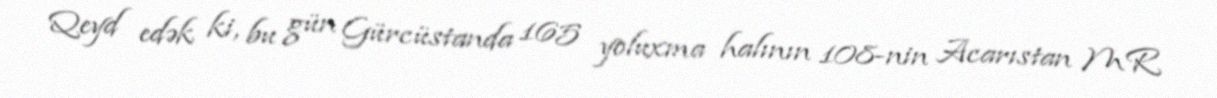
Qeyd edək ki, bu gün Gürcüstanda 165 yoluxma halının 108-nin Acarıstan MR